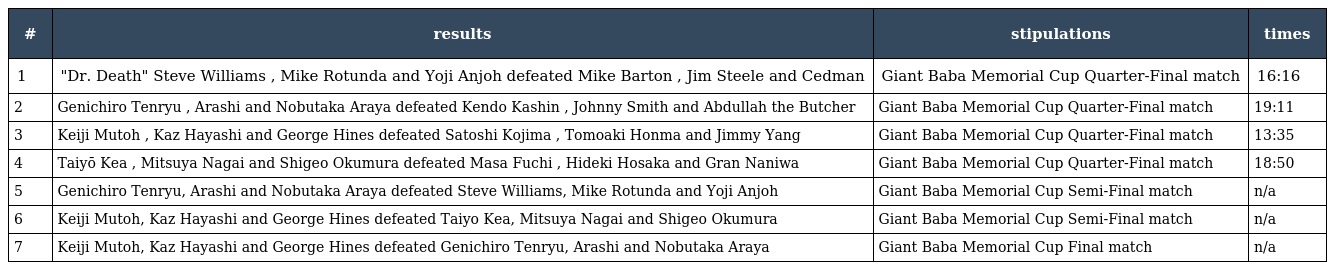
| # | results | stipulations | times |
 | --- | --- | --- | --- |
 | 1 | "Dr. Death" Steve Williams , Mike Rotunda and Yoji Anjoh defeated Mike Barton , Jim Steele and Cedman | Giant Baba Memorial Cup Quarter-Final match | 16:16 |
 | 2 | Genichiro Tenryu , Arashi and Nobutaka Araya defeated Kendo Kashin , Johnny Smith and Abdullah the Butcher | Giant Baba Memorial Cup Quarter-Final match | 19:11 |
 | 3 | Keiji Mutoh , Kaz Hayashi and George Hines defeated Satoshi Kojima , Tomoaki Honma and Jimmy Yang | Giant Baba Memorial Cup Quarter-Final match | 13:35 |
 | 4 | Taiyō Kea , Mitsuya Nagai and Shigeo Okumura defeated Masa Fuchi , Hideki Hosaka and Gran Naniwa | Giant Baba Memorial Cup Quarter-Final match | 18:50 |
 | 5 | Genichiro Tenryu, Arashi and Nobutaka Araya defeated Steve Williams, Mike Rotunda and Yoji Anjoh | Giant Baba Memorial Cup Semi-Final match | n/a |
 | 6 | Keiji Mutoh, Kaz Hayashi and George Hines defeated Taiyo Kea, Mitsuya Nagai and Shigeo Okumura | Giant Baba Memorial Cup Semi-Final match | n/a |
 | 7 | Keiji Mutoh, Kaz Hayashi and George Hines defeated Genichiro Tenryu, Arashi and Nobutaka Araya | Giant Baba Memorial Cup Final match | n/a |